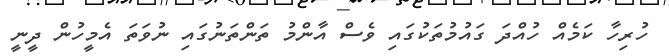
ހުރިހާ ކަމެއް ހުއްދަ ގައުމުތަކުގައި ވެސް އާންމު ތަންތަނުގައި ނުވަތަ އެމީހުން ދީނީ